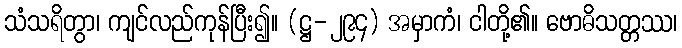
သံသရိတွာ၊ ကျင်လည်ကုန်ပြီး၍။ (ဋ္ဌ-၂၉၄) အမှာကံ၊ ငါတို့၏။ ဗောဓိသတ္တဿ၊